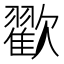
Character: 𣤩